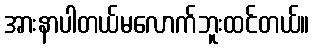
အားနာပါတယ်မလောက်ဘူးထင်တယ်။